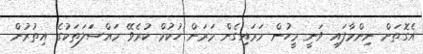
އެގޮތަށް ނިންމާފައި ވަނީ މީހުން މަރައިގެން މަރަން ހުކުމް ކުރެވޭ މައްސަަލަތަކުގެ އިތުރުން